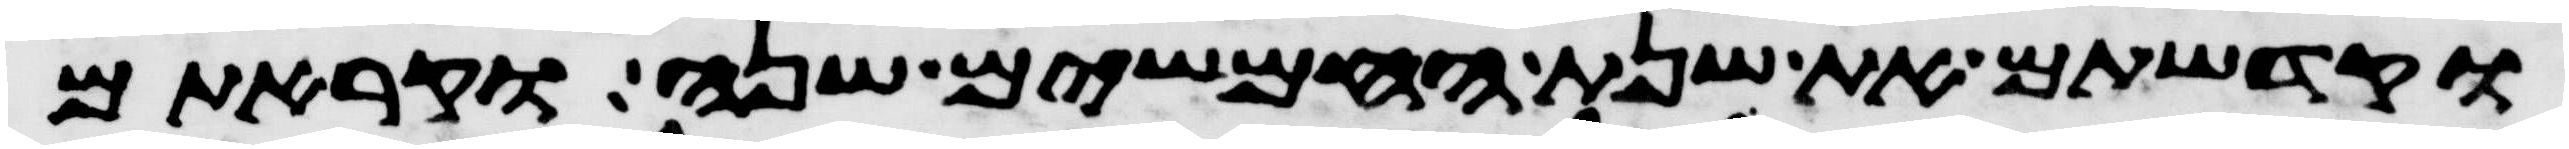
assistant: וקדשתם את שנת החמשים שנה וקראתם